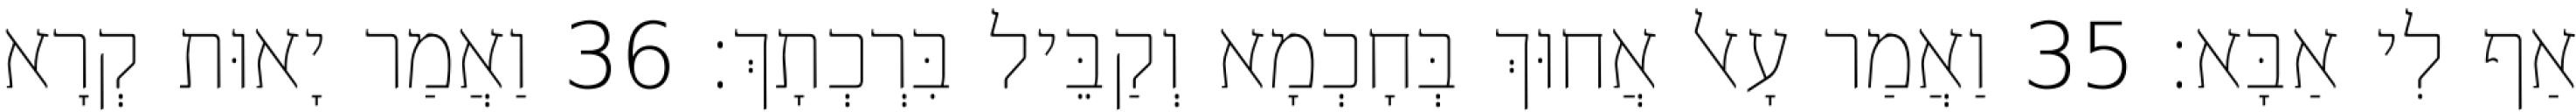
אַף לִי אַבָּא׃ 35 וַאֲמַר עָאל אֲחוּךְ בְּחָכְמָא וְקַבֵּיל בִּרְכְתָךְ׃ 36 וַאֲמַר יָאוּת קְרָא